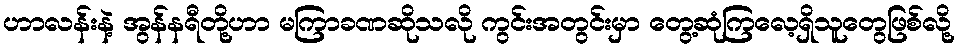
ဟာလန်းနဲ့ အွန်နရီတို့ဟာ မကြာခဏဆိုသလို ကွင်းအတွင်းမှာ တွေ့ဆုံကြလေ့ရှိသူတွေဖြစ်လို့